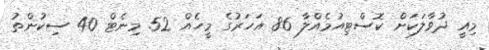
މިއީ ދުވާލަކަށް ކޮސްޓިއުމެއްލާ 86 އަހަރުގެ މީހެއް 52 މިނެޓް 40 ސިކުންތު